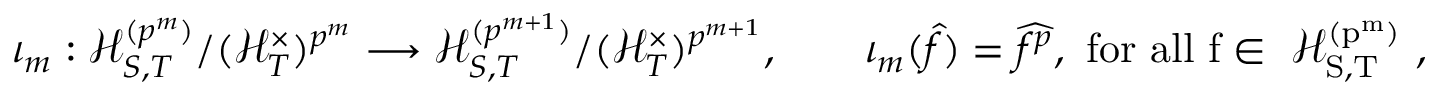
\iota _ { m } : { \mathcal { H } _ { S , T } ^ { ( p ^ { m } ) } } / { ( \mathcal { H } _ { T } ^ { \times } ) ^ { p ^ { m } } } \longrightarrow { \mathcal { H } _ { S , T } ^ { ( p ^ { m + 1 } ) } } / { ( \mathcal { H } _ { T } ^ { \times } ) ^ { p ^ { m + 1 } } } , \qquad \iota _ { m } ( \widehat f ) = \widehat { f ^ { p } } , \mathrm { ~ f o r ~ a l l ~ f \in ~ \mathcal { H } _ { S , T } ^ { ( p ^ m ) } ~ } ,